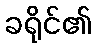
ခရိုင်၏